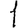
Digit: 1